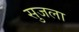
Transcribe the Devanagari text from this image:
सुजला